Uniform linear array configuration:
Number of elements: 12
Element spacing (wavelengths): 0.25
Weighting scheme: hamming
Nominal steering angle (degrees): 15
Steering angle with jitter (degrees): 16.857
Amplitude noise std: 0.05
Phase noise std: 0.05

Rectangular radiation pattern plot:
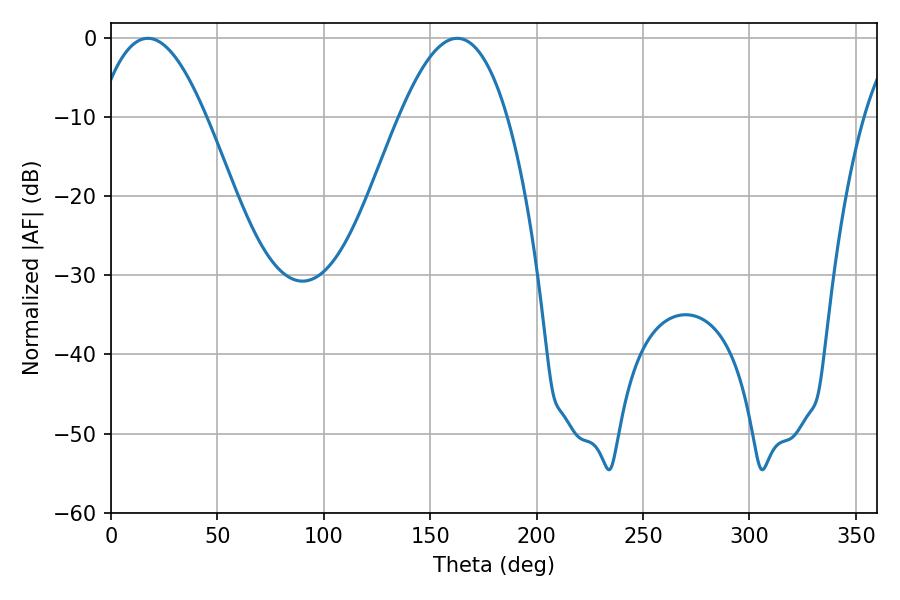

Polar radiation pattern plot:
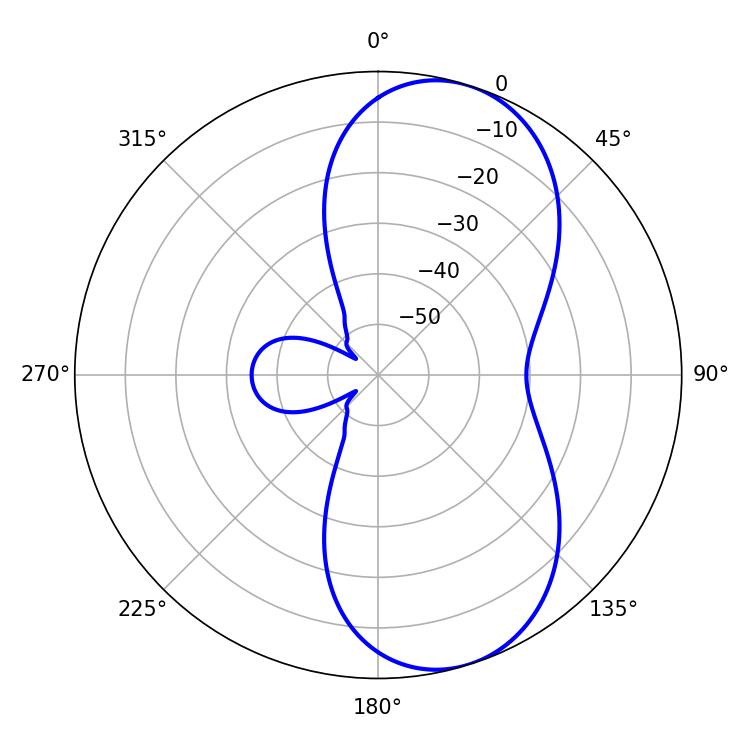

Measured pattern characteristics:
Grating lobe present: FALSE
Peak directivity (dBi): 7.85
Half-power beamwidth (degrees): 27.72
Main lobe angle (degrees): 17.28